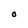
Character: O